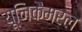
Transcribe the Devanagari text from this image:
यूनिकैमरल